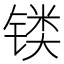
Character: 𲈐